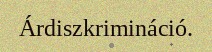
Árdiszkrimináció.